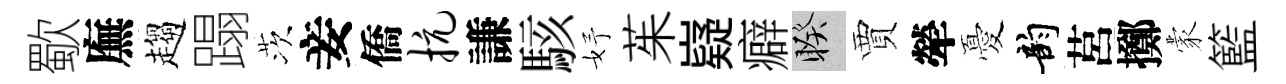
歜廡趨蹋茨妾僑抗謙駭妤茱嶷癖睽賈犖憂韵莒擲蒙籃